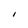
Character: I